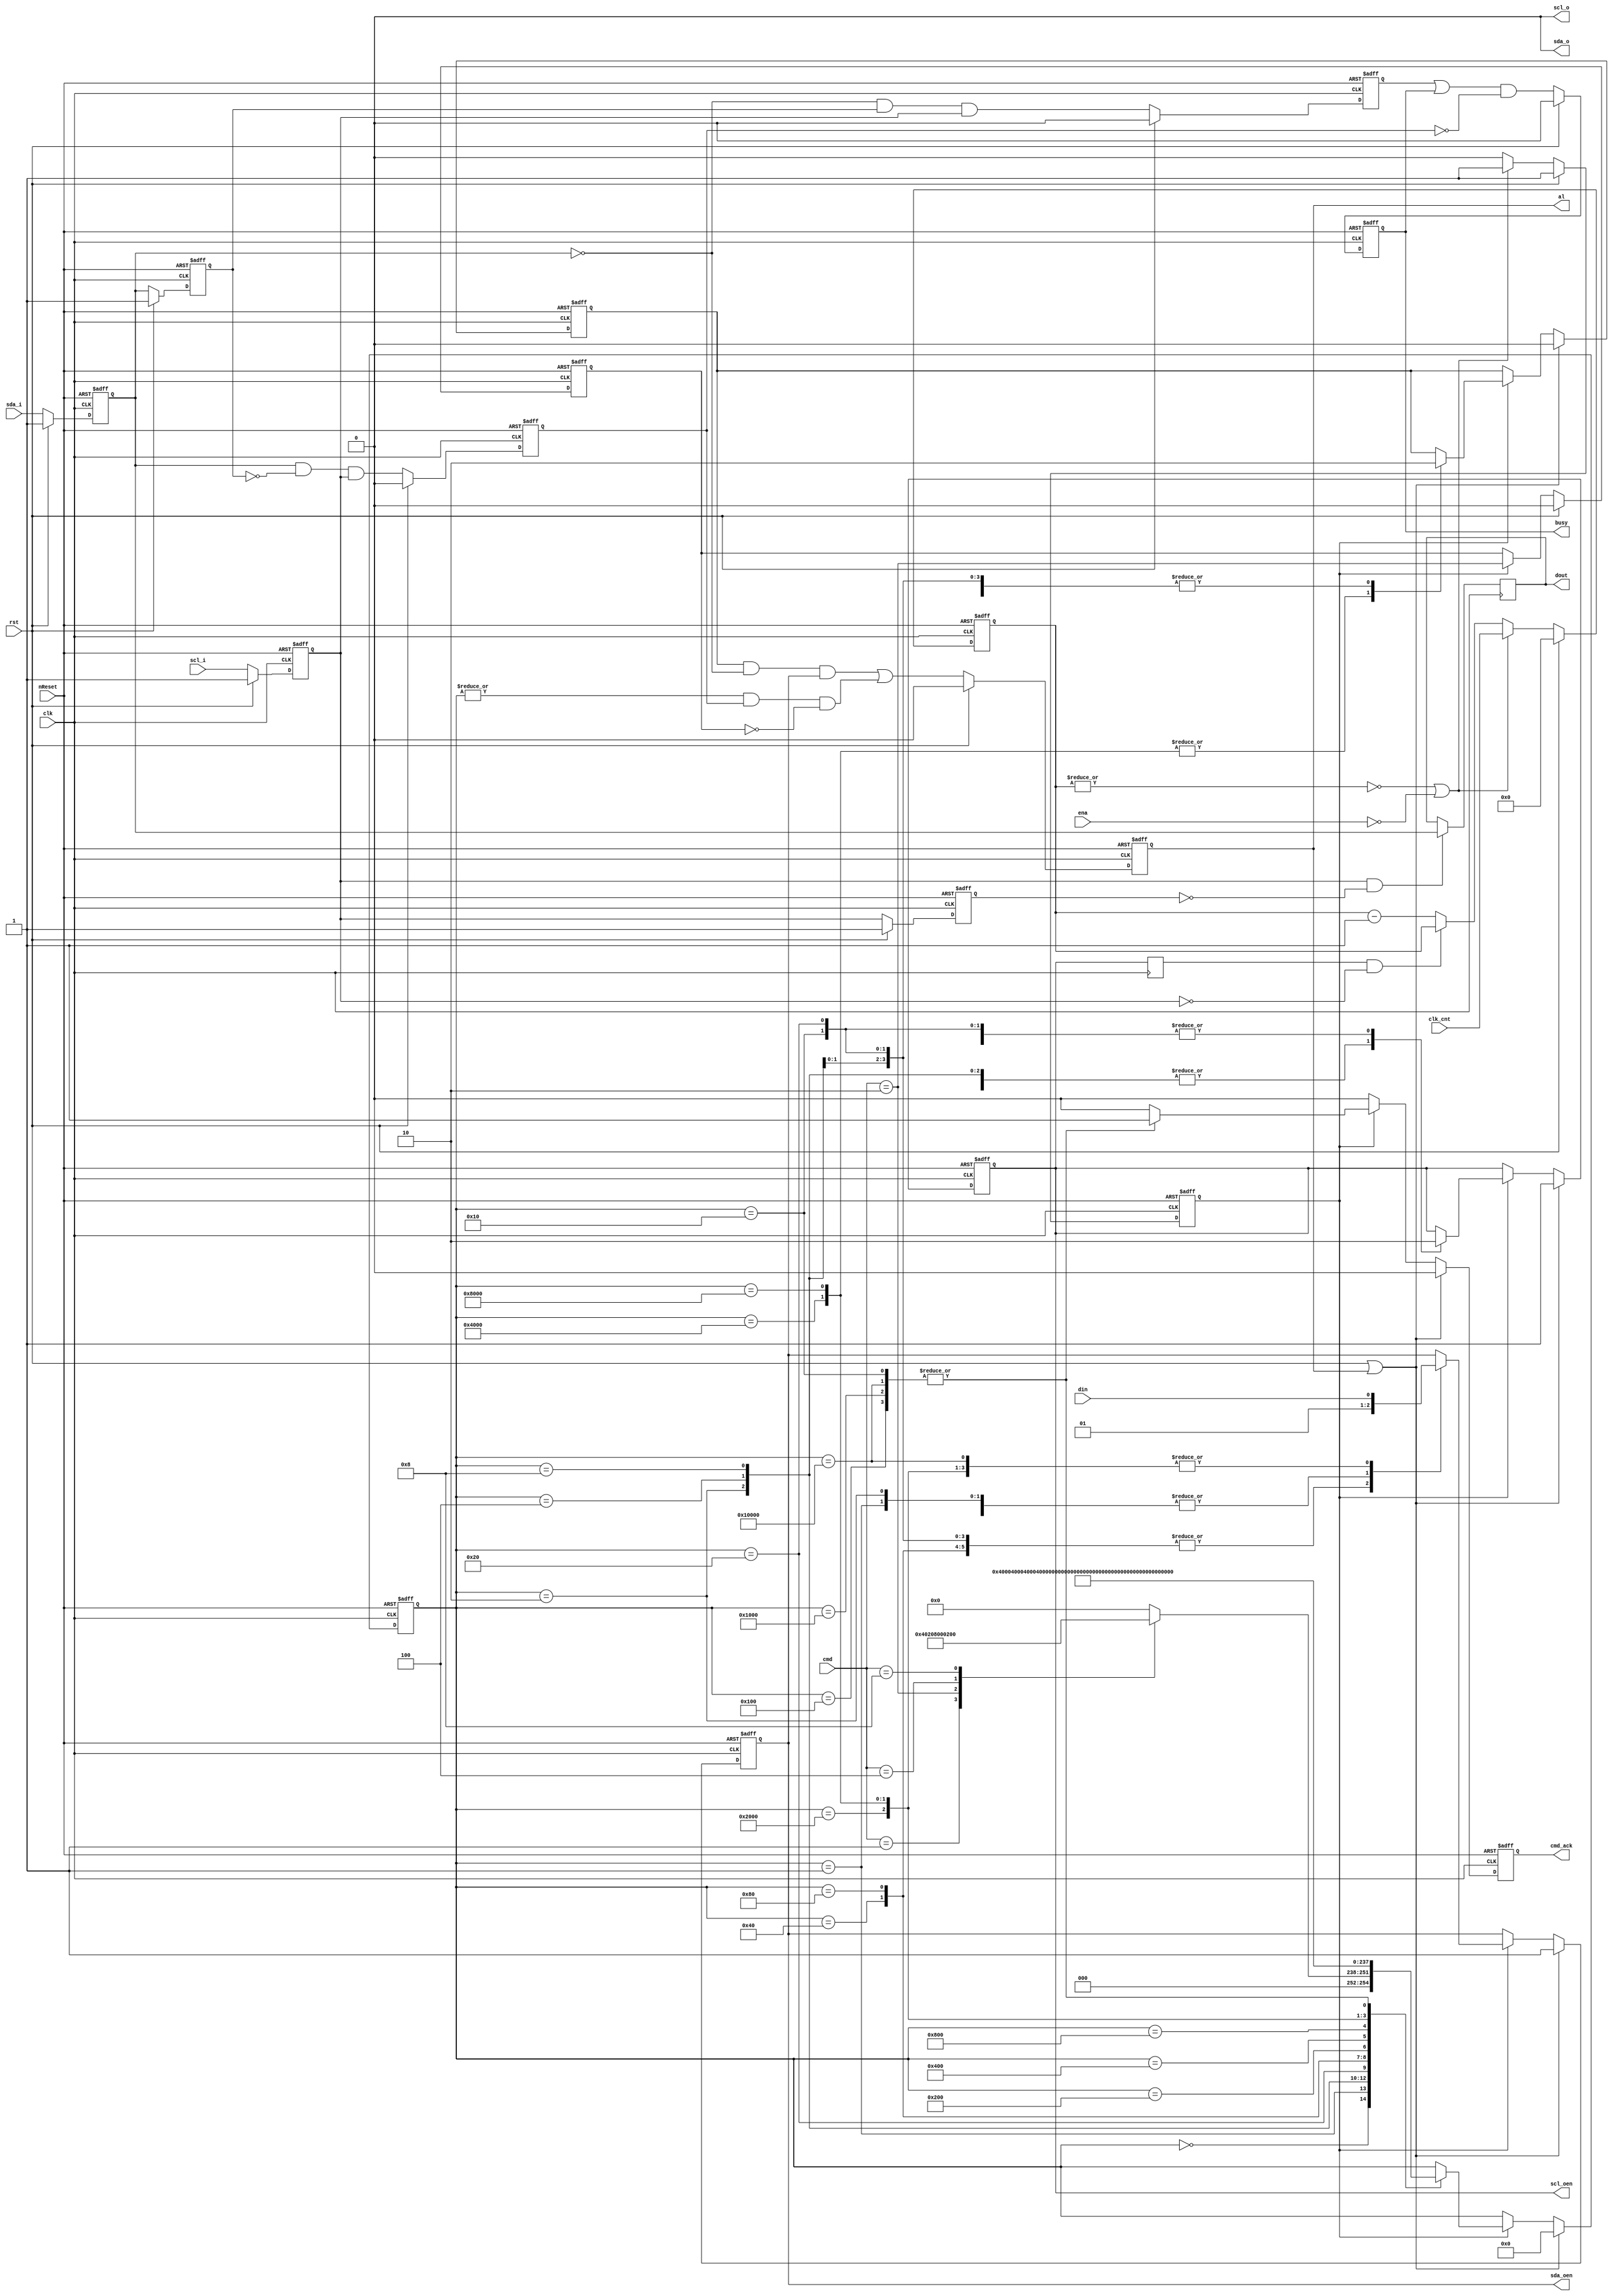
//   ==================================================================
//   >>>>>>>>>>>>>>>>>>>>>>> COPYRIGHT NOTICE <<<<<<<<<<<<<<<<<<<<<<<<<
//   ------------------------------------------------------------------
//   Copyright (c) 2013 by Lattice Semiconductor Corporation
//   ALL RIGHTS RESERVED 
//   ------------------------------------------------------------------
//
//   Permission:
//
//      Lattice SG Pte. Ltd. grants permission to use this code
//      pursuant to the terms of the Lattice Reference Design License Agreement. 
//
//
//   Disclaimer:
//
//      This VHDL or Verilog source code is intended as a design reference
//      which illustrates how these types of functions can be implemented.
//      It is the user's responsibility to verify their design for
//      consistency and functionality through the use of formal
//      verification methods.  Lattice provides no warranty
//      regarding the use or functionality of this code.
//
//   --------------------------------------------------------------------
//
//                  Lattice SG Pte. Ltd.
//                  101 Thomson Road, United Square #07-02 
//                  Singapore 307591
//
//
//                  TEL: 1-800-Lattice (USA and Canada)
//                       +65-6631-2000 (Singapore)
//                       +1-503-268-8001 (other locations)
//
//                  web: http://www.latticesemi.com/
//
//   --------------------------------------------------------------------
//  CVS Log
//
//  $Id: RD#RD1046#source#verilog#i2c_master_bit_ctrl.v,v 1.6 2013-10-10 07:45:10-07 vpatil Exp $
//
//  $Date: 2013-10-10 07:45:10-07 $
//  $Revision: 1.6 $
//  $Author: vpatil $
//  $Locker:  $
//  $State: Exp $
//
// Change History:
//               $Log: RD#RD1046#source#verilog#i2c_master_bit_ctrl.v,v $
//               Revision 1.6  2013-10-10 07:45:10-07  vpatil
//               Updated header.
//
//               Revision 1.5  2013-10-10 07:44:19-07  vpatil
//               ...No comments entered during checkin...
//
//               Revision 1.4  2013-07-04 02:55:56-07  lsccad
//               Automatically checked in.
//
//               Revision 1.12  2006/09/04 09:08:13  rherveille
//               fixed short scl high pulse after clock stretch
//               fixed slave model not returning correct '(n)ack' signal
//
//               Revision 1.11  2004/05/07 11:02:26  rherveille
//               Fixed a bug where the core would signal an arbitration lost (AL bit set), when another master controls the bus and the other master generates a STOP bit.
//
//               Revision 1.10  2003/08/09 07:01:33  rherveille
//               Fixed a bug in the Arbitration Lost generation caused by delay on the (external) sda line.
//               Fixed a potential bug in the byte controller's host-acknowledge generation.
//
//               Revision 1.9  2003/03/10 14:26:37  rherveille
//               Fixed cmd_ack generation item (no bug).
//
//               Revision 1.8  2003/02/05 00:06:10  rherveille
//               Fixed a bug where the core would trigger an erroneous 'arbitration lost' interrupt after being reset, when the reset pulse width < 3 clk cycles.
//
//               Revision 1.7  2002/12/26 16:05:12  rherveille
//               Small code simplifications
//
//               Revision 1.6  2002/12/26 15:02:32  rherveille
//               Core is now a Multimaster I2C controller
//
//               Revision 1.5  2002/11/30 22:24:40  rherveille
//               Cleaned up code
//
//               Revision 1.4  2002/10/30 18:10:07  rherveille
//               Fixed some reported minor start/stop generation timing issuess.
//
//               Revision 1.3  2002/06/15 07:37:03  rherveille
//               Fixed a small timing bug in the bit controller.\nAdded verilog simulation environment.
//
//               Revision 1.2  2001/11/05 11:59:25  rherveille
//               Fixed wb_ack_o generation bug.
//               Fixed bug in the byte_controller statemachine.
//               Added headers.
//
//-------------------------------------------------------------------------
// Code Revision History (LSC) :
//-------------------------------------------------------------------------
// Ver: | Author	|Mod. Date	|Changes Made:
// V2.0 | CM		|12/2008    |no change
//-------------------------------------------------------------------------

//
/////////////////////////////////////
// Bit controller section
/////////////////////////////////////
//
// Translate simple commands into SCL/SDA transitions
// Each command has 5 states, A/B/C/D/idle
//
// start:	SCL	~~~~~~~~~~\____
//	SDA	~~~~~~~~\______
//		 x | A | B | C | D | i
//
// repstart	SCL	____/~~~~\___
//	SDA	__/~~~\______
//		 x | A | B | C | D | i
//
// stop	SCL	____/~~~~~~~~
//	SDA	==\____/~~~~~
//		 x | A | B | C | D | i
//
//- write	SCL	____/~~~~\____
//	SDA	==X=========X=
//		 x | A | B | C | D | i
//
//- read	SCL	____/~~~~\____
//	SDA	XXXX=====XXXX
//		 x | A | B | C | D | i
//

// Timing:     Normal mode      Fast mode
///////////////////////////////////////////////////////////////////////
// Fscl        100KHz           400KHz
// Th_scl      4.0us            0.6us   High period of SCL
// Tl_scl      4.7us            1.3us   Low period of SCL
// Tsu:sta     4.7us            0.6us   setup time for a repeated start condition
// Tsu:sto     4.0us            0.6us   setup time for a stop conditon
// Tbuf        4.7us            1.3us   Bus free time between a stop and start condition
//

// synopsys translate_off
//`include "..\..\testbench\verilog\timescale.v"
//`include "timescale.v"
`timescale 1ns / 10ps
// synopsys translate_on

//`include "i2c_master_defines.v"
`define I2C_CMD_NOP   4'b0000
`define I2C_CMD_START 4'b0001
`define I2C_CMD_STOP  4'b0010
`define I2C_CMD_WRITE 4'b0100
`define I2C_CMD_READ  4'b1000

module i2c_master_bit_ctrl(
	clk, rst, nReset, 
	clk_cnt, ena, cmd, cmd_ack, busy, al, din, dout,
	scl_i, scl_o, scl_oen, sda_i, sda_o, sda_oen
	);

	//
	// inputs & outputs
	//
	input clk;
	input rst;
	input nReset;
	input ena;            // core enable signal

	input [15:0] clk_cnt; // clock prescale value

	input  [3:0] cmd;
	output       cmd_ack; // command complete acknowledge
	reg cmd_ack;
	output       busy;    // i2c bus busy
	reg busy;
	output       al;      // i2c bus arbitration lost
	reg al;
	
	input  din;
	output dout;
	reg dout;

	// I2C lines
	input  scl_i;         // i2c clock line input
	output scl_o;         // i2c clock line output
	output scl_oen;       // i2c clock line output enable (active low)
	reg scl_oen;
	input  sda_i;         // i2c data line input
	output sda_o;         // i2c data line output
	output sda_oen;       // i2c data line output enable (active low)
	reg sda_oen;


	//
	// variable declarations
	//

	reg sSCL, sSDA;             // synchronized SCL and SDA inputs
	reg dscl_oen;               // delayed scl_oen
	reg sda_chk;                // check SDA output (Multi-master arbitration)
	reg clk_en;                 // clock generation signals
	wire slave_wait;
//	reg [15:0] cnt = clk_cnt;   // clock divider counter (simulation)
	reg [15:0] cnt;             // clock divider counter (synthesis)

	// state machine variable
	reg [16:0] c_state; /*// synopsys enum_state */

	//
	// module body
	//

	// whenever the slave is not ready it can delay the cycle by pulling SCL low
	// delay scl_oen
	always @(posedge clk)
	  dscl_oen <= #1 scl_oen;

	assign slave_wait = dscl_oen && !sSCL;


	// generate clk enable signal
	always @(posedge clk or negedge nReset)
	  if(~nReset)
	    begin
	        cnt    <= #1 16'h0;
	        clk_en <= #1 1'b1;
	    end
	  else if (rst)
	    begin
	        cnt    <= #1 16'h0;
	        clk_en <= #1 1'b1;
	    end
	  else if ( ~|cnt || !ena)
	    begin
	        cnt    <= #1 clk_cnt;
	        clk_en <= #1 1'b1;
	    end
	  else if (slave_wait)
	    begin
	        cnt    <= #1 cnt;
	        clk_en <= #1 1'b0;    
	    end
	  else
	    begin
	        cnt    <= #1 cnt - 16'h1;
	        clk_en <= #1 1'b0;
	    end


	// generate bus status controller
	reg dSCL, dSDA;
	reg sta_condition;
	reg sto_condition;

	// synchronize SCL and SDA inputs
	// reduce metastability risc
	always @(posedge clk or negedge nReset)
	  if (~nReset)
	    begin
	        sSCL <= #1 1'b1;
	        sSDA <= #1 1'b1;

	        dSCL <= #1 1'b1;
	        dSDA <= #1 1'b1;
	    end
	  else if (rst)
	    begin
	        sSCL <= #1 1'b1;
	        sSDA <= #1 1'b1;

	        dSCL <= #1 1'b1;
	        dSDA <= #1 1'b1;
	    end
	  else
	    begin
	        sSCL <= #1 scl_i;
	        sSDA <= #1 sda_i;

	        dSCL <= #1 sSCL;
	        dSDA <= #1 sSDA;
	    end

	// detect start condition => detect falling edge on SDA while SCL is high
	// detect stop condition => detect rising edge on SDA while SCL is high
	always @(posedge clk or negedge nReset)
	  if (~nReset)
	    begin
	        sta_condition <= #1 1'b0;
	        sto_condition <= #1 1'b0;
	    end
	  else if (rst)
	    begin
	        sta_condition <= #1 1'b0;
	        sto_condition <= #1 1'b0;
	    end
	  else
	    begin
	        sta_condition <= #1 ~sSDA &  dSDA & sSCL;
	        sto_condition <= #1  sSDA & ~dSDA & sSCL;
	    end

	// generate i2c bus busy signal
	always @(posedge clk or negedge nReset)
	  if(!nReset)
	    busy <= #1 1'b0;
	  else if (rst)
	    busy <= #1 1'b0;
	  else
	    busy <= #1 (sta_condition | busy) & ~sto_condition;

	// generate arbitration lost signal
	// aribitration lost when:
	// 1) master drives SDA high, but the i2c bus is low
	// 2) stop detected while not requested
	reg cmd_stop;
	always @(posedge clk or negedge nReset)
	  if (~nReset)
	    cmd_stop <= #1 1'b0;
	  else if (rst)
	    cmd_stop <= #1 1'b0;
	  else if (clk_en)
	    cmd_stop <= #1 cmd == `I2C_CMD_STOP;

	always @(posedge clk or negedge nReset)
	  if (~nReset)
	    al <= #1 1'b0;
	  else if (rst)
	    al <= #1 1'b0;
	  else
	    al <= #1 (sda_chk & ~sSDA & sda_oen) | (|c_state & sto_condition & ~cmd_stop);


	// generate dout signal (store SDA on rising edge of SCL)
	always @(posedge clk)
	  if(sSCL & ~dSCL)
	    dout <= #1 sSDA;

	// generate statemachine

	// nxt_state decoder
	parameter [16:0] idle    = 17'b0_0000_0000_0000_0000;
	parameter [16:0] start_a = 17'b0_0000_0000_0000_0001;
	parameter [16:0] start_b = 17'b0_0000_0000_0000_0010;
	parameter [16:0] start_c = 17'b0_0000_0000_0000_0100;
	parameter [16:0] start_d = 17'b0_0000_0000_0000_1000;
	parameter [16:0] start_e = 17'b0_0000_0000_0001_0000;
	parameter [16:0] stop_a  = 17'b0_0000_0000_0010_0000;
	parameter [16:0] stop_b  = 17'b0_0000_0000_0100_0000;
	parameter [16:0] stop_c  = 17'b0_0000_0000_1000_0000;
	parameter [16:0] stop_d  = 17'b0_0000_0001_0000_0000;
	parameter [16:0] rd_a    = 17'b0_0000_0010_0000_0000;
	parameter [16:0] rd_b    = 17'b0_0000_0100_0000_0000;
	parameter [16:0] rd_c    = 17'b0_0000_1000_0000_0000;
	parameter [16:0] rd_d    = 17'b0_0001_0000_0000_0000;
	parameter [16:0] wr_a    = 17'b0_0010_0000_0000_0000;
	parameter [16:0] wr_b    = 17'b0_0100_0000_0000_0000;
	parameter [16:0] wr_c    = 17'b0_1000_0000_0000_0000;
	parameter [16:0] wr_d    = 17'b1_0000_0000_0000_0000;

	always @(posedge clk or negedge nReset)
	  if (!nReset)
	    begin
	        c_state <= #1 idle;
	        cmd_ack <= #1 1'b0;
	        scl_oen <= #1 1'b1;
	        sda_oen <= #1 1'b1;
	        sda_chk <= #1 1'b0;
	    end
	  else if (rst | al)
	    begin
	        c_state <= #1 idle;
	        cmd_ack <= #1 1'b0;
	        scl_oen <= #1 1'b1;
	        sda_oen <= #1 1'b1;
	        sda_chk <= #1 1'b0;
	    end
	  else
	    begin
	        cmd_ack   <= #1 1'b0; // default no command acknowledge + assert cmd_ack only 1clk cycle

	        if (clk_en)
	          case (c_state) // synopsys full_case parallel_case
	            // idle state
	            idle:
	            begin
	                case (cmd) // synopsys full_case parallel_case
	                  `I2C_CMD_START:
	                     c_state <= #1 start_a;

	                  `I2C_CMD_STOP:
	                     c_state <= #1 stop_a;

	                  `I2C_CMD_WRITE:
	                     c_state <= #1 wr_a;

	                  `I2C_CMD_READ:
	                     c_state <= #1 rd_a;

	                  default:
	                    c_state <= #1 idle;
	                endcase

	                scl_oen <= #1 scl_oen; // keep SCL in same state
	                sda_oen <= #1 sda_oen; // keep SDA in same state
	                sda_chk <= #1 1'b0;    // don't check SDA output
	            end

	            // start
	            start_a:
	            begin
	                c_state <= #1 start_b;
	                scl_oen <= #1 scl_oen; // keep SCL in same state
	                sda_oen <= #1 1'b1;    // set SDA high
	                sda_chk <= #1 1'b0;    // don't check SDA output
	            end

	            start_b:
	            begin
	                c_state <= #1 start_c;
	                scl_oen <= #1 1'b1; // set SCL high
	                sda_oen <= #1 1'b1; // keep SDA high
	                sda_chk <= #1 1'b0; // don't check SDA output
	            end

	            start_c:
	            begin
	                c_state <= #1 start_d;
	                scl_oen <= #1 1'b1; // keep SCL high
	                sda_oen <= #1 1'b0; // set SDA low
	                sda_chk <= #1 1'b0; // don't check SDA output
	            end

	            start_d:
	            begin
	                c_state <= #1 start_e;
	                scl_oen <= #1 1'b1; // keep SCL high
	                sda_oen <= #1 1'b0; // keep SDA low
	                sda_chk <= #1 1'b0; // don't check SDA output
	            end

	            start_e:
	            begin
	                c_state <= #1 idle;
	                cmd_ack <= #1 1'b1;
	                scl_oen <= #1 1'b0; // set SCL low
	                sda_oen <= #1 1'b0; // keep SDA low
	                sda_chk <= #1 1'b0; // don't check SDA output
	            end

	            // stop
	            stop_a:
	            begin
	                c_state <= #1 stop_b;
	                scl_oen <= #1 1'b0; // keep SCL low
	                sda_oen <= #1 1'b0; // set SDA low
	                sda_chk <= #1 1'b0; // don't check SDA output
	            end

	            stop_b:
	            begin
	                c_state <= #1 stop_c;
	                scl_oen <= #1 1'b1; // set SCL high
	                sda_oen <= #1 1'b0; // keep SDA low
	                sda_chk <= #1 1'b0; // don't check SDA output
	            end

	            stop_c:
	            begin
	                c_state <= #1 stop_d;
	                scl_oen <= #1 1'b1; // keep SCL high
	                sda_oen <= #1 1'b0; // keep SDA low
	                sda_chk <= #1 1'b0; // don't check SDA output
	            end

	            stop_d:
	            begin
	                c_state <= #1 idle;
	                cmd_ack <= #1 1'b1;
	                scl_oen <= #1 1'b1; // keep SCL high
	                sda_oen <= #1 1'b1; // set SDA high
	                sda_chk <= #1 1'b0; // don't check SDA output
	            end

	            // read
	            rd_a:
	            begin
	                c_state <= #1 rd_b;
	                scl_oen <= #1 1'b0; // keep SCL low
	                sda_oen <= #1 1'b1; // tri-state SDA
	                sda_chk <= #1 1'b0; // don't check SDA output
	            end

	            rd_b:
	            begin
	                c_state <= #1 rd_c;
	                scl_oen <= #1 1'b1; // set SCL high
	                sda_oen <= #1 1'b1; // keep SDA tri-stated
	                sda_chk <= #1 1'b0; // don't check SDA output
	            end

	            rd_c:
	            begin
	                c_state <= #1 rd_d;
	                scl_oen <= #1 1'b1; // keep SCL high
	                sda_oen <= #1 1'b1; // keep SDA tri-stated
	                sda_chk <= #1 1'b0; // don't check SDA output
	            end

	            rd_d:
	            begin
	                c_state <= #1 idle;
	                cmd_ack <= #1 1'b1;
	                scl_oen <= #1 1'b0; // set SCL low
	                sda_oen <= #1 1'b1; // keep SDA tri-stated
	                sda_chk <= #1 1'b0; // don't check SDA output
	            end

	            // write
	            wr_a:
	            begin
	                c_state <= #1 wr_b;
	                scl_oen <= #1 1'b0; // keep SCL low
	                sda_oen <= #1 din;  // set SDA
	                sda_chk <= #1 1'b0; // don't check SDA output (SCL low)
	            end

	            wr_b:
	            begin
	                c_state <= #1 wr_c;
	                scl_oen <= #1 1'b1; // set SCL high
	                sda_oen <= #1 din;  // keep SDA
	                sda_chk <= #1 1'b1; // check SDA output
	            end

	            wr_c:
	            begin
	                c_state <= #1 wr_d;
	                scl_oen <= #1 1'b1; // keep SCL high
	                sda_oen <= #1 din;
	                sda_chk <= #1 1'b1; // check SDA output
	            end

	            wr_d:
	            begin
	                c_state <= #1 idle;
	                cmd_ack <= #1 1'b1;
	                scl_oen <= #1 1'b0; // set SCL low
	                sda_oen <= #1 din;
	                sda_chk <= #1 1'b0; // don't check SDA output (SCL low)
	            end

	          endcase
	    end


	// assign scl and sda output (always gnd)
	assign scl_o = 1'b0;
	assign sda_o = 1'b0;

endmodule